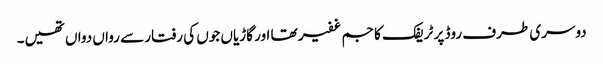
دوسری طرف روڈ پر ٹریفک کا جم غفیر تھا اور گاڑیاں جوں کی رفتار سے رواں دواں تھیں۔